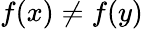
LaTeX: f(x)\ne f(y)